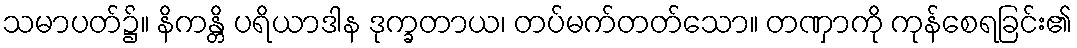
သမာပတ်၌။ နိကန္တိ ပရိယာဒါန ဒုက္ခတာယ၊ တပ်မက်တတ်သော။ တဏှာကို ကုန်စေရခြင်း၏